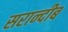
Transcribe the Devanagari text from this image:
सरान्दीब